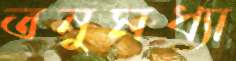
তনুমধ্যা